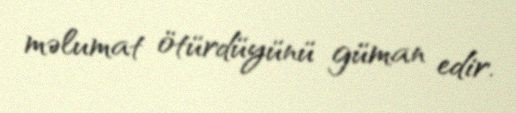
məlumat ötürdüyünü güman edir.